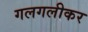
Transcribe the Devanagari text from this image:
गलगलीकर